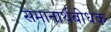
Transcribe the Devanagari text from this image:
समानार्थबोधक